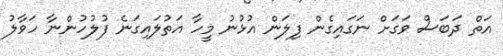
އަތް ދަބަސް ވަގަށް ނަގައިގެން ފިލަން އުޅުނު މީހާ އަތުލައިގަނެ ފުލުހުންނާ ހަވާލު